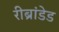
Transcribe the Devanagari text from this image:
रीब्रांडेड